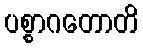
ပစ္စာဂတောတိ